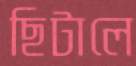
ছিটালে